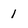
Character: 1